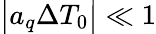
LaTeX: \big|a_{q}\Delta T_{0}\big|\ll 1